Report of the Indian Hemp Drugs Commission, 1894-1895 - Volume VI
Year: 1894
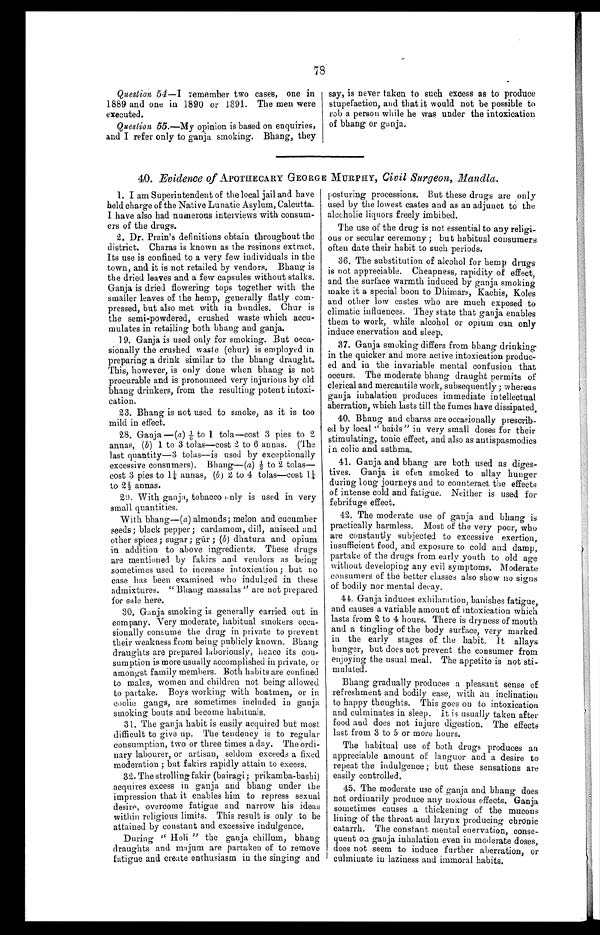
78
Question 54 —I remember two cases, one in
1889 and one in 1890 or 1891. The men were
executed.
Question 55 .—My opinion is based on enquiries,
and I refer only to ganja smoking. Bhang, they
say, is never taken to such excess as to produce
stupefaction, and that it would not be possible to
rob a person while he was under the intoxication
of bhang or ganja.
40. Evidence of APOTHECARY GEORGE MURPHY
, Civil Surgeon, Mandla.
1. I am Superintendent of the local jail and have
held charge of the Native Lunatic Asylum, Calcutta.
I have also had numerous interviews with consum-
ers of the drugs.
2. Dr. Prain's definitions obtain throughout the
district. Charas is known as the resinons extract.
Its use is confined to a very few individuals in the
town, and it is not retailed by vendors. Bhang is
the dried leaves and a few capsules without stalks.
Ganja is dried flowering tops together with the
smaller leaves of the hemp, generally flatly com-
pressed, but also met with in bundles. Chur is
the semi-powdered, crushed waste which accu-
mulates in retailing both bhang and ganja.
19. Ganja is used only for smoking. But occa-
sionally the crushed waste (chur) is employed in
preparing a drink similar to the bhang draught.
This, however, is only done when bhang is not
procurable and is pronounced very injurious by old
bhang drinkers, from the resulting potent intoxi-
cation.
23. Bhang is not used to smoke, as it is too
mild in effect.
28. Ganja —(a) 1/6 to 1 tola—cost 3 pies to 2
annas, (b) 1 to 3 tolas—cost 2 to 6 annas. (The
last quantity—3 tolas—is used by exceptionally
excessive consumers). Bhang—( a ) 1/2 to 2 tolas—
cost 3 pies to 1 1/4 annas, (b) 2 to 4 tolas—cost
to 2 1/2 annas.
29. With ganja, tobacco only is used in very
small quantities.
With bhang—( a ) almonds; melon and cucumber
seeds; black pepper ; cardamom, dill, aniseed and
other spices ; sugar ; gūr ; (b) dhatura and opium
in addition to above ingredients. These drugs
are mentioned by fakirs and vendors as being
sometimes used to increase intoxication ; but no
case has been examined who indulged in these
admixtures. " Bhang massalas " are not prepared
for sale here.
30. Ganja smoking is generally carried out in
company. Very moderate, habitual smokers occa-
sionally consume the drug in private to prevent
their weakness from being publicly known. Bhang
draughts are prepared laboriously, hence its con-
sumption is more usually accomplished in private, or
amongst family members. Both habits are confined
to males, women and children not being allowed
to partake. Boys working with boatmen, or in
coolie gangs, are sometimes included in ganja
smoking bouts and become habituals.
31. The ganja habit is easily acquired but most
difficult to give up. The tendency is to regular
consumption, two or three times a day. The ordi-
nary labourer, or artisan, seldom exceeds a fixed
moderation ; but fakirs rapidly attain to excess.
32. The strolling fakir (bairagi ; prikamba-bashi)
acquires excess in ganja and bhang under the
impression that it enables him to repress sexual
desire, overcome fatigue and narrow his ideas
within religious limits. This result is only to be
attained by constant and excessive indulgence.
During " Holi " the ganja, chillum, bhang
a
draughts and majum are partaken of to remove
fatigue and create enthusiasm in the singing and
posturing processions. But these drugs are only
used by the lowest castes and as an adjunct to the
alcoholic liquors freely imbibed.
The use of the drug is not essential to any religi-
ous or secular ceremony ; but habitual consumers
often date their habit to such periods.
36. The substitution of alcohol for hemp drugs
is not appreciable. Cheapness, rapidity of effect,
and the surface warmth induced by ganja smoking
make it a special boon to Dhimars, Kachis, Koles
and other low castes who are much exposed to
climatic influences. They state that ganja enables
them to work, while alcohol or opium can only
induce enervation and sleep.
37. Ganja smoking differs from bhang drinking
in the quicker and more active intoxication produc-
ed and in the invariable mental confusion that
occurs. The moderate bhang draught permits of
clerical and mercantile work, subsequently ; whereas
ganja inhalation produces immediate intellectual
aberration, which lasts till the fumes have dissipated.
40. Bhang and charas are occasionally prescrib-
ed by local " baids" in very small doses for their
stimulating, tonic effect, and also as antispasmodics
in colic and asthma.
41. Ganja and bhang are both used as diges-
tives. Ganja is ofen smoked to allay hunger
during long journeys and to counteract the effects
of intense cold and fatigue. Neither is used for
febrifuge effect.
42. The moderate use of ganja and bhang is
practically harmless. Most of the very poor, who
are constantly subjected to excessive exertion,
insufficient food, and exposure to cold and damp,
partake of the drugs from early youth to old age
without developing any evil symptoms. Moderate
consumers of the better classes also show no signs
of bodily nor mental decay.
44. Ganja induces exhilaration, banishes fatigue,
and causes a variable amount of intoxication which
lasts from 2 to 4 hours. There is dryness of mouth
and a tingling of the body surface, very marked
in the early stages of the habit. It allays
hunger, but does not prevent the consumer from
enjoying the usual meal. The appetite is not sti-
mulated.
Bhang gradually produces a pleasant sense of
refreshment and bodily ease, with an inclination
to happy thoughts. This goes on to intoxication
and culminates in sleep. It is usually taken after
food and does not injure digestion. The effects
last from 3 to 5 or more hours.
The habitual use of both drugs produces an
appreciable amount of languor and a desire to
repeat the indulgence ; but these sensations are
easily controlled.
45. The moderate use of ganja and bhang does
not ordinarily produce any noxious effects. Ganja
sometimes causes a thickening of the mucous
lining of the throat and larynx producing chronic
catarrh. The constant mental enervation, conse-
quent on ganja inhalation even in moderate doses,
does not seem to induce further aberration, or
culminate in laziness and immoral habits.